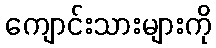
ကျောင်းသားများကို